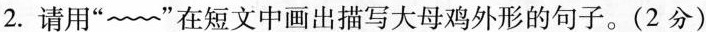
2.请用”~~~”在短文中画出描写大母鸡外形的句子。(2分)